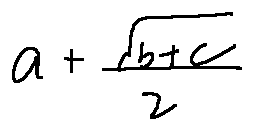
a + \frac { \sqrt { b + c } } { 2 }